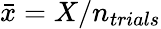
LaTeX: \bar{x}=X/n_{trials}